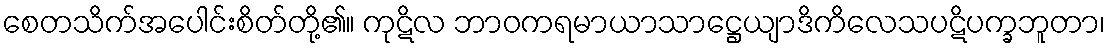
စေတသိက်အပေါင်းစိတ်တို့၏။ ကုဋိလ ဘာဝကရမာယာသာဋ္ဌေယျာဒိကိလေသပဋိပက္ခဘူတာ၊